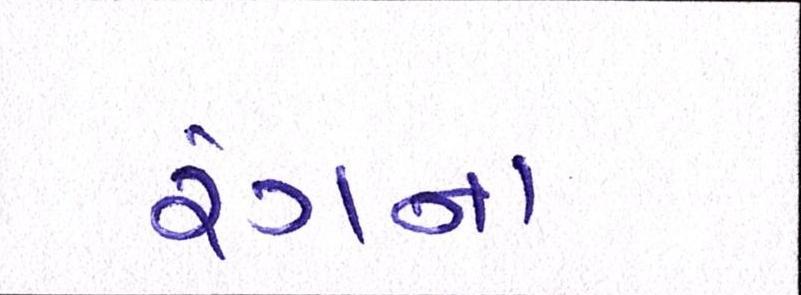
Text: રંગના